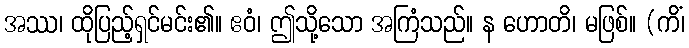
အဿ၊ ထိုပြည့်ရှင်မင်း၏။ ဧဝံ၊ ဤသို့သော အကြံသည်။ န ဟောတိ၊ မဖြစ်။ (ကိံ၊